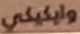
وايكيكي